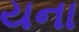
યના